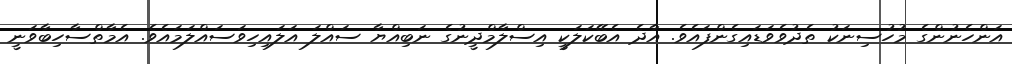
އަންހެނުންގެ މުހުސިނަކު ތެދުވެވަޑައިގެންފައެވެ. އާދެ އެބޭކަލަކީ އިސްލާމްދީނުގެ ނަބިއްޔާ ސައްލަ އަލައިހިވަސައްލަމައެވެ. އެމާތްސާހިބާވަނީ